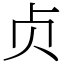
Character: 贞